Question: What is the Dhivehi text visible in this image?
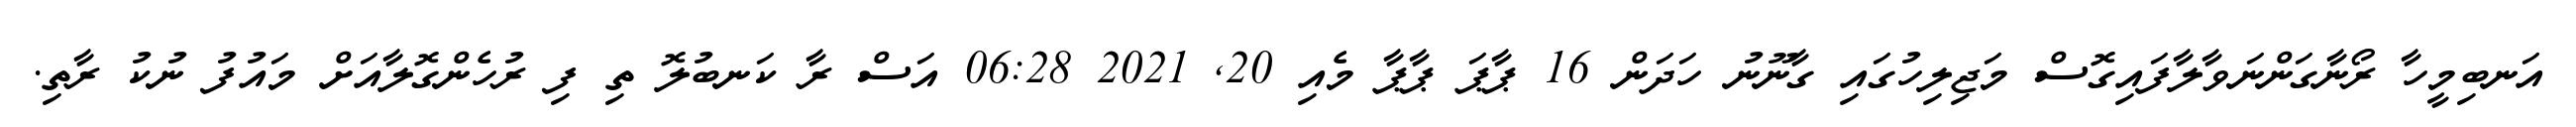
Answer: އަނބިމީހާ ރޯނާގަންނަވާލާފައިގޮސް މަޖިލިހުގައި ގާނޫނު ހަދަން 16 ޕާޕަ ޕާޕާ މެއި 20, 2021 06:28 އަސް ރާ ކަނބުލޮ ތި ފި ރުހެންގޮލާއަށް މައުފު ނުކު ރާތި.